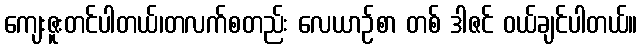
ကျေးဇူးတင်ပါတယ်၊တလက်စတည်း လေယာဉ်စာ တစ် ဒါဇင် ဝယ်ချင်ပါတယ်။